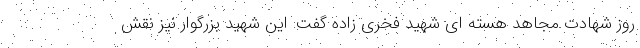
روز شهادت مجاهد هسته ای شهید فخری زاده گفت: این شهید بزرگوار نیز نقش